Vaccination in the Punjab 1919-1929 - 1919-1929
Year: 1919
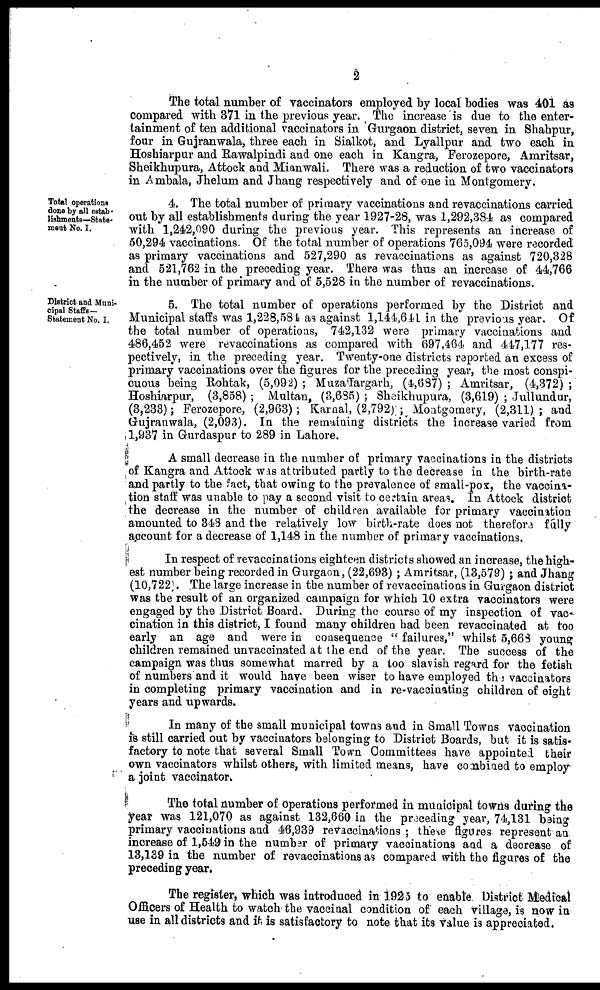
2
The total number of vaccinators employed by local bodies was 401 as
compared with 371 in the previous year. The increase is due to the enter-
tainment of ten additional vaccinators in Gurgaon district, seven in Shahpur,
four in Gujranwala, three each in Sialkot, and Lyallpur and two each in
Hoshiarpur and Rawalpindi and one each in Kangra, Ferozepore, Amritsar,
Sheikhupura, Attock and Mianwali. There was a reduction of two vaccinators
in Ambala, Jhelum and Jhang respectively and of one in Montgomery.
Total operations
done by all estab-
lishments—State-
ment No. I.
4. The total number of primary vaccinations and revaccinations carried
out by all establishments during the year 1927-28, was 1,292,384 as compared
with 1,242,090 during the previous year. This represents an increase of
50,294 vaccinations. Of the total number of operations 765,094 were recorded
as primary vaccinations and 527,290 as revaccinations as against 720,328
and 521,762 in the preceding year. There was thus an increase of 44,766
in the number of primary and of 5,528 in the number of revaccinations.
District and Muni-
cipal Staffs —
Statement No. I.
5. The total number of operations performed by the District and
Municipal staffs was 1,228,584 as against 1,144,641 in the previous year. Of
the total number of operations, 742,132 were primary vaccinations and
486,452 were revaccinations as compared with 697,464 and 447,177 res-
pectively, in the preceding year. Twenty-one districts reported an excess of
primary vaccinations over the figures for the preceding year, the most conspi-
cuous being Rohtak, (5,092) ; Muzaffargarh, (4,687) ; Amritsar, (4,372) ;
Hoshiarpur, (3,858) ; Multan, (3,685) ; Sheikhupura, (3,619) ; Jullundur,
(3,233); Ferozepore, (2,963); Karnal, (2,792); Montgomery, (2,311); and
Gujranwala, (2,093). In the remaining districts the increase varied from
1,937 in Gurdaspur to 289 in Lahore.
A small decrease in the number of primary vaccinations in the districts
of Kangra and Attock was attributed partly to the decrease in the birth-rate
and partly to the fact, that owing to the prevalence of small-pox, the vaccina-
tion staff was unable to pay a second visit to certain areas. In Attock district
the decrease in the number of children available for primary vaccination
amounted to 348 and the relatively low birth-rate does not therefore fully
account for a decrease of 1,148 in the number of primary vaccinations.
In respect of revaccinations eighteen districts showed an increase, the high-
est number being recorded in Gurgaon, (22,693) ; Amritsar, (13,579) ; and Jhang
(10,722). The large increase in the number of revaccinations in Gurgaon district
was the result of an organized campaign for which 10 extra vaccinators were
engaged by the District Board. During the course of my inspection of vac-
cination in this district, I found many children had been revaccinated at too
early an age and were in consequence " failures," whilst 5,668 young
children remained unvaccinated at the end of the year. The success of the
campaign was thus somewhat marred by a too slavish regard for the fetish
of numbers and it would have been wiser to have employed the vaccinators
in completing primary vaccination and in re-vaccinating children of eight
years and upwards.
In many of the small municipal towns and in Small Towns vaccination
is still carried out by vaccinators belonging to District Boards, but it is satis-
factory to note that several Small Town Committees have appointed their
own vaccinators whilst others, with limited means, have combined to employ
a joint vaccinator.
The total number of operations performed in municipal towns during the
year was 121,070 as against 132,660 in the preceding year, 74,131 being
primary vaccinations and 46,939 revaccinations ; these figures represent an
increase of 1,549 in the number of primary vaccinations and a decrease of
13,139 in the number of revaccinations as compared with the figures of the
preceding year.
The register, which was introduced in 1925 to enable District Medical
Officers of Health to watch the vaccinal condition of each village, is now in
use in all districts and it is satisfactory to note that its value is appreciated.